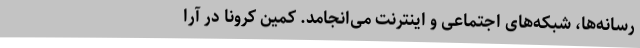
رسانه‌ها، شبکه‌های اجتماعی و اینترنت می‌انجامد. کمین کرونا در آرا